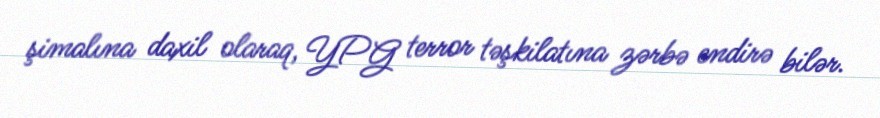
şimalına daxil olaraq, YPG terror təşkilatına zərbə endirə bilər.